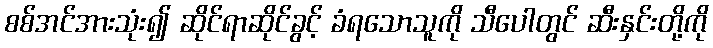
စစ်အင်အားသုံး၍ ဆိုင်ရာဆိုင်ခွင့် ခံရသောသူကို သီပေါတွင် ဆီးနှင်းတို့ကို